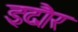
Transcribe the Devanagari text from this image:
इदौर